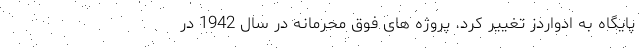
پایگاه به ادواردز تغییر کرد. پروژه های فوق محرمانه در سال 1942 در